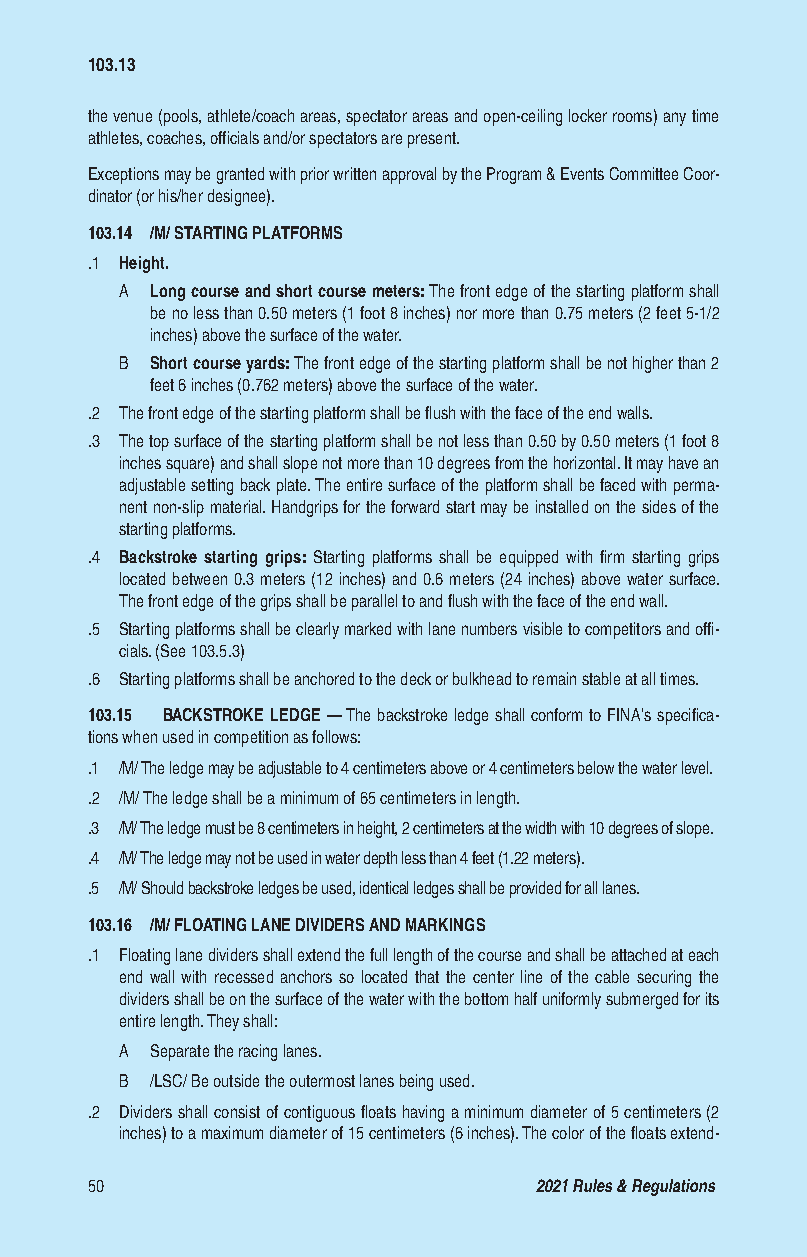
103.13
 the venue (pools, athlete/coach areas, spectator areas and open-ceiling locker rooms) any time
 athletes, coaches, officials and/or spectators are present.
 Exceptions may be granted with prior written approval by the Program & Events Committee Coor-
 dinator (or his/her designee).
 103.14 /M/ STARTING PLATFORMS
 .1 Height.
 A Long course and short course meters: The front edge of the starting platform shall
 be no less than 0.50 meters (1 foot 8 inches) nor more than 0.75 meters (2 feet 5-1/2
 inches) above the surface of the water.
 B Short course yards: The front edge of the starting platform shall be not higher than 2
 feet 6 inches (0.762 meters) above the surface of the water.
 .2 The front edge of the starting platform shall be flush with the face of the end walls.
 .3 The top surface of the starting platform shall be not less than 0.50 by 0.50 meters (1 foot 8
 inches square) and shall slope not more than 10 degrees from the horizontal. It may have an
 adjustable setting back plate. The entire surface of the platform shall be faced with perma-
 nent non-slip material. Handgrips for the forward start may be installed on the sides of the
 starting platforms.
 .4 Backstroke starting grips: Starting platforms shall be equipped with firm starting grips
 located between 0.3 meters (12 inches) and 0.6 meters (24 inches) above water surface.
 The front edge of the grips shall be parallel to and flush with the face of the end wall.
 .5 Starting platforms shall be clearly marked with lane numbers visible to competitors and offi-
 cials. (See 103.5.3)
 .6 Starting platforms shall be anchored to the deck or bulkhead to remain stable at all times.
 103.15 BACKSTROKE LEDGE — The backstroke ledge shall conform to FINA’s specifica-
 tions when used in competition as follows:
 .1 /M/ The ledge may be adjustable to 4 centimeters above or 4 centimeters below the water level.
 .2 /M/ The ledge shall be a minimum of 65 centimeters in length.
 .3 /M/ The ledge must be 8 centimeters in height, 2 centimeters at the width with 10 degrees of slope.
 .4 /M/ The ledge may not be used in water depth less than 4 feet (1.22 meters).
 .5 /M/ Should backstroke ledges be used, identical ledges shall be provided for all lanes.
 103.16 /M/ FLOATING LANE DIVIDERS AND MARKINGS
 .1 Floating lane dividers shall extend the full length of the course and shall be attached at each
 end wall with recessed anchors so located that the center line of the cable securing the
 dividers shall be on the surface of the water with the bottom half uniformly submerged for its
 entire length. They shall:
 A Separate the racing lanes.
 B /LSC/ Be outside the outermost lanes being used.
 .2 Dividers shall consist of contiguous floats having a minimum diameter of 5 centimeters (2
 inches) to a maximum diameter of 15 centimeters (6 inches). The color of the floats extend-
 50                           2021 Rules & Regulations